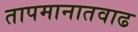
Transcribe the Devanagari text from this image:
तापमानातवाढ